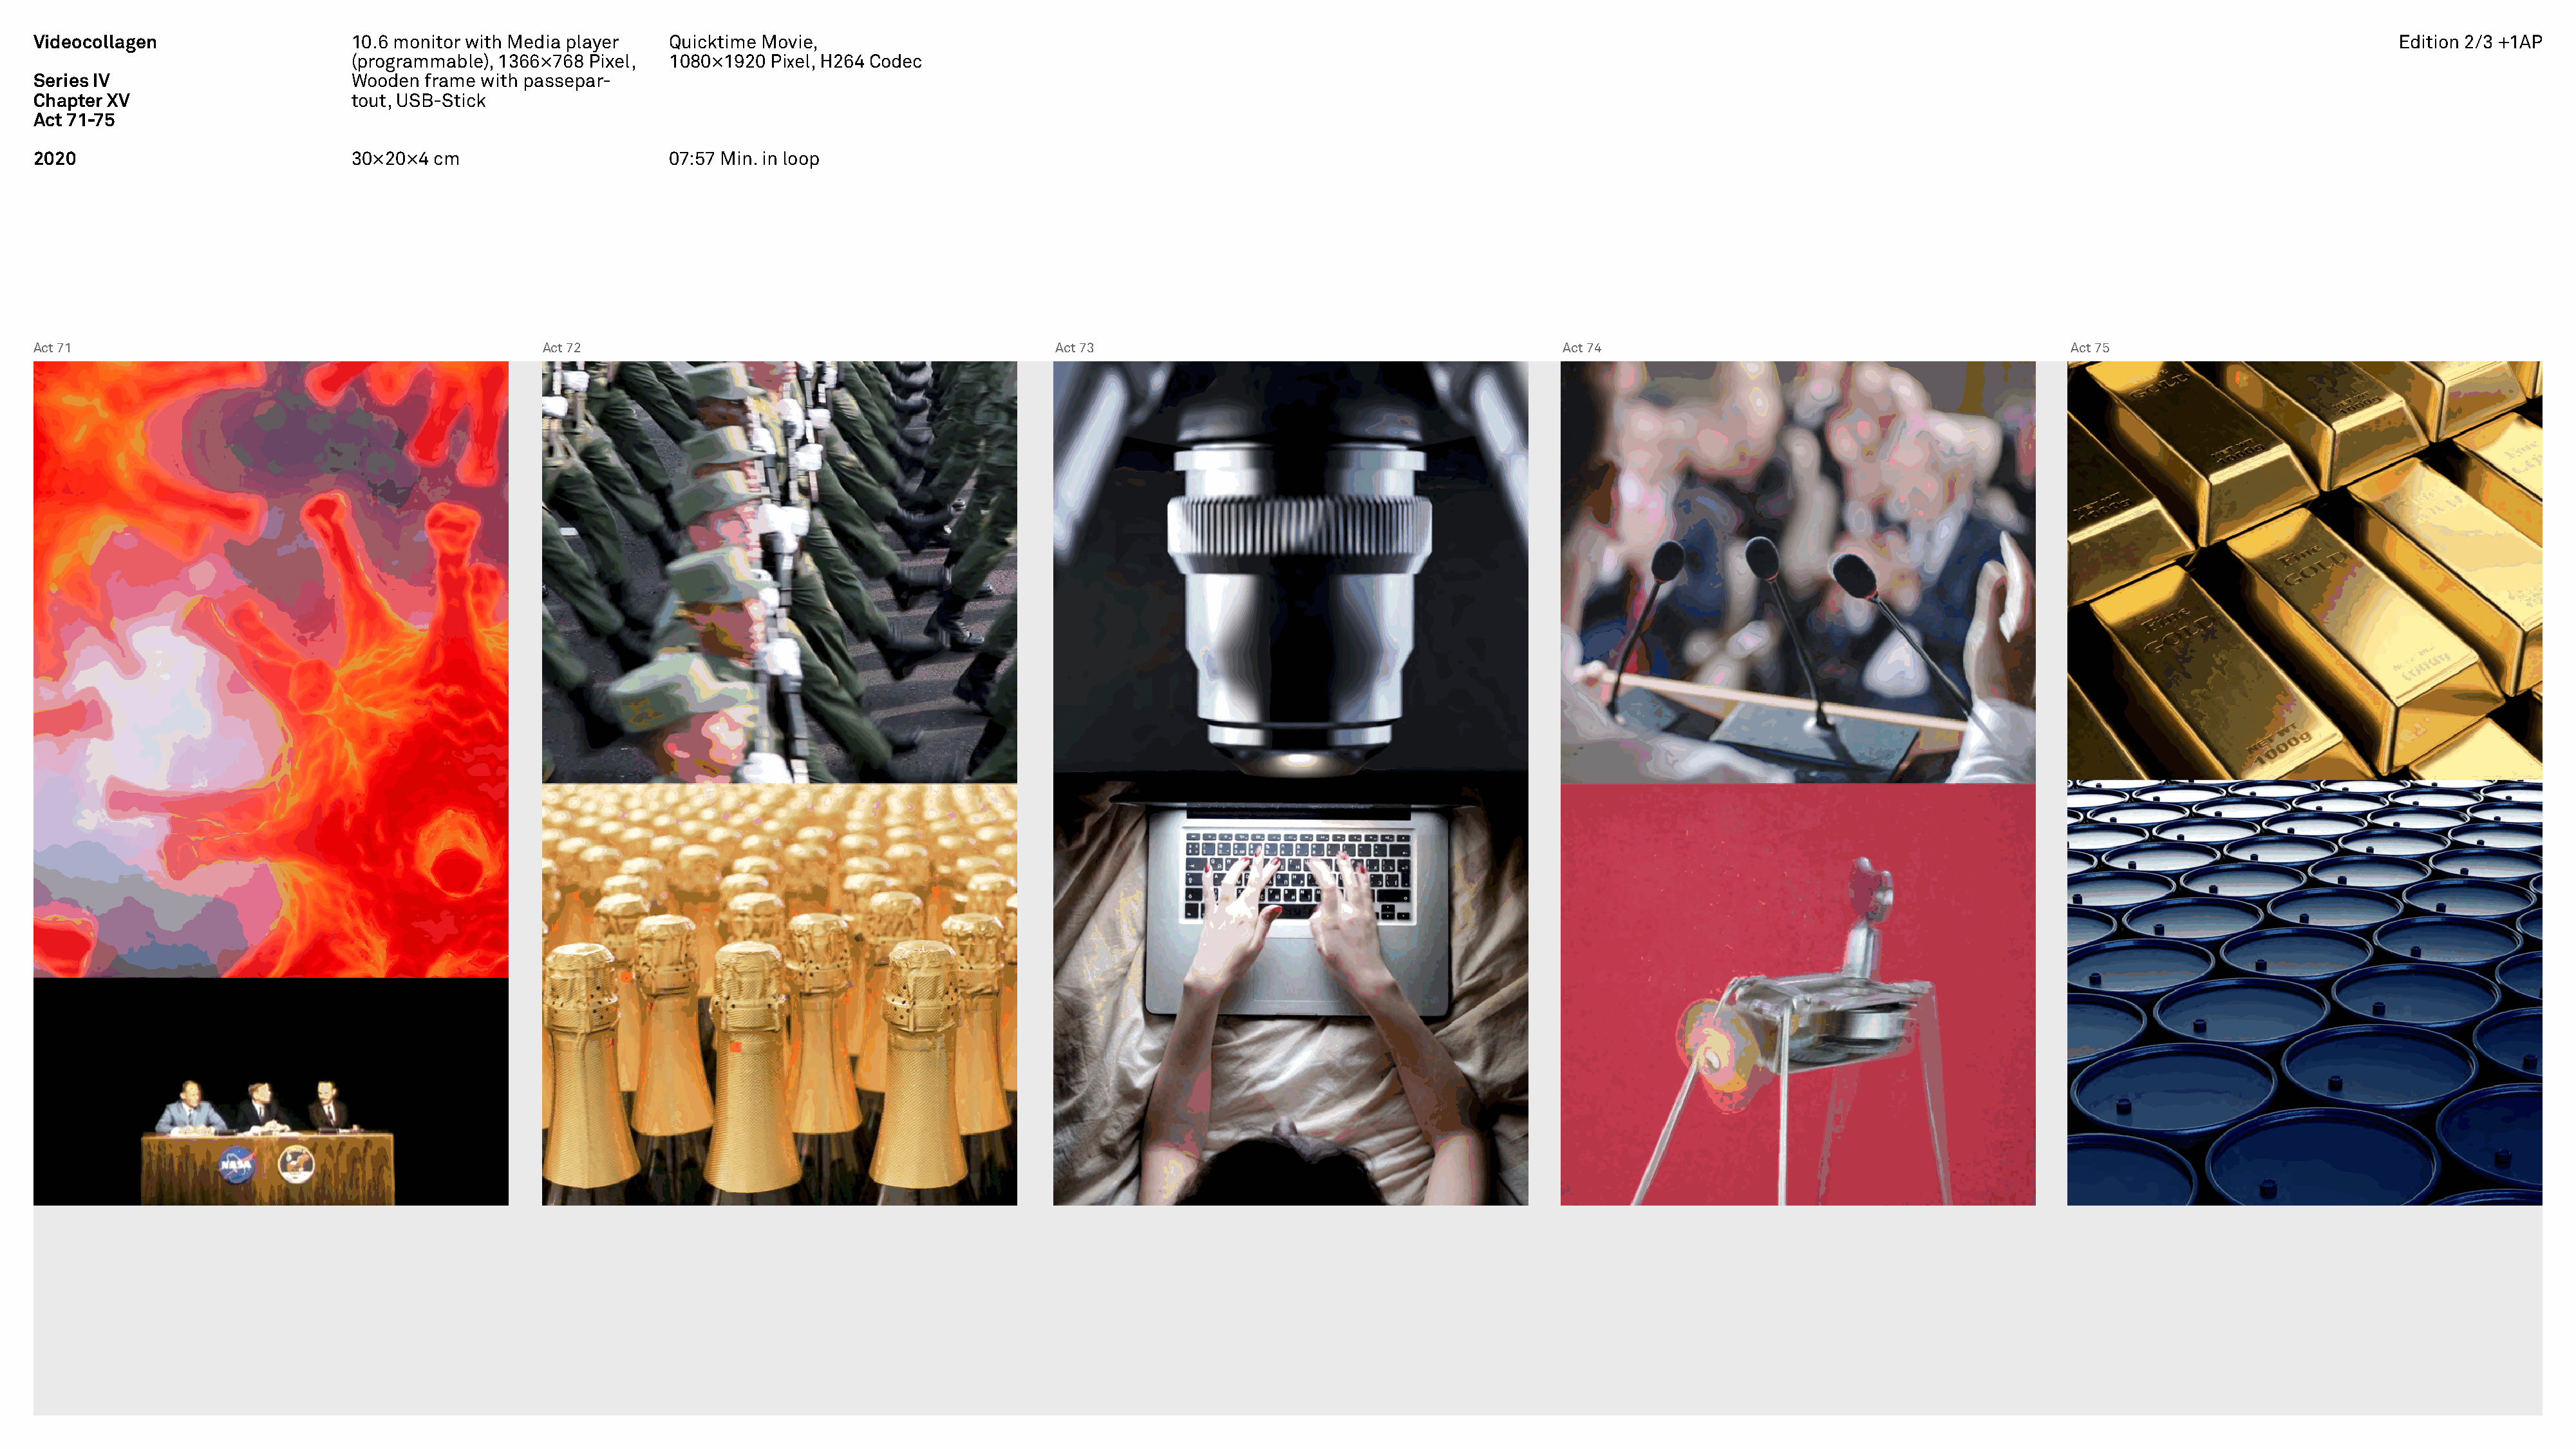
Videocollagen                    10.6 monitor with Media player   Quicktime Movie,                                                                                                                                                                  Edition 2/3 +1AP
 (programmable), 1366×768 Pixel,  1080×1920 Pixel, H264 Codec
 Series IV                        Wooden  frame with passepar-
 Chapter XV                       tout, USB-Stick
 Act 71-75
 2020                             30×20×4  cm                      07:57 Min. in loop
 Act 71                                               Act 72                                               Act 73                                              Act 74                                              Act 75